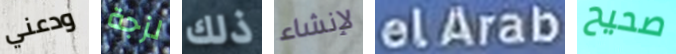
ودعني لزجة ذلك لإنشاء elArab صحيح